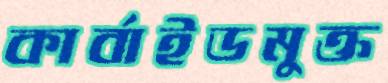
কার্বাইডমুক্ত